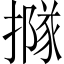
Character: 𢵌